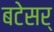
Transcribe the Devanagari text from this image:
बटेसर्